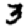
Digit: 3